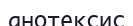
анотексис